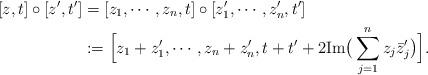
LaTeX: \begin{align*}[z,t]\circ [z', t']&=[z_{1},\cdots,z_{n}, t] \circ [z_{1}',\cdots,z_{n}', t']\\&: =\Big[z_{1}+z_{1}',\cdots, z_{n}+z_{n}',t+t'+2 \mbox{Im} \big(\sum_{j=1}^{n}z_{j} \bar{z}'_{j}\big) \Big].\end{align*}